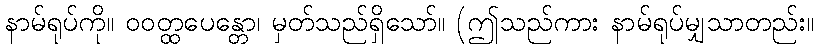
နာမ်ရုပ်ကို။ ဝဝတ္ထပေန္တော၊ မှတ်သည်ရှိသော်။ (ဤသည်ကား နာမ်ရုပ်မျှသာတည်း။